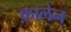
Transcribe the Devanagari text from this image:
क़ालेन